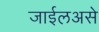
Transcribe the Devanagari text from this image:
जाईलअसे